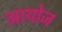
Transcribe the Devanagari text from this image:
आयोज